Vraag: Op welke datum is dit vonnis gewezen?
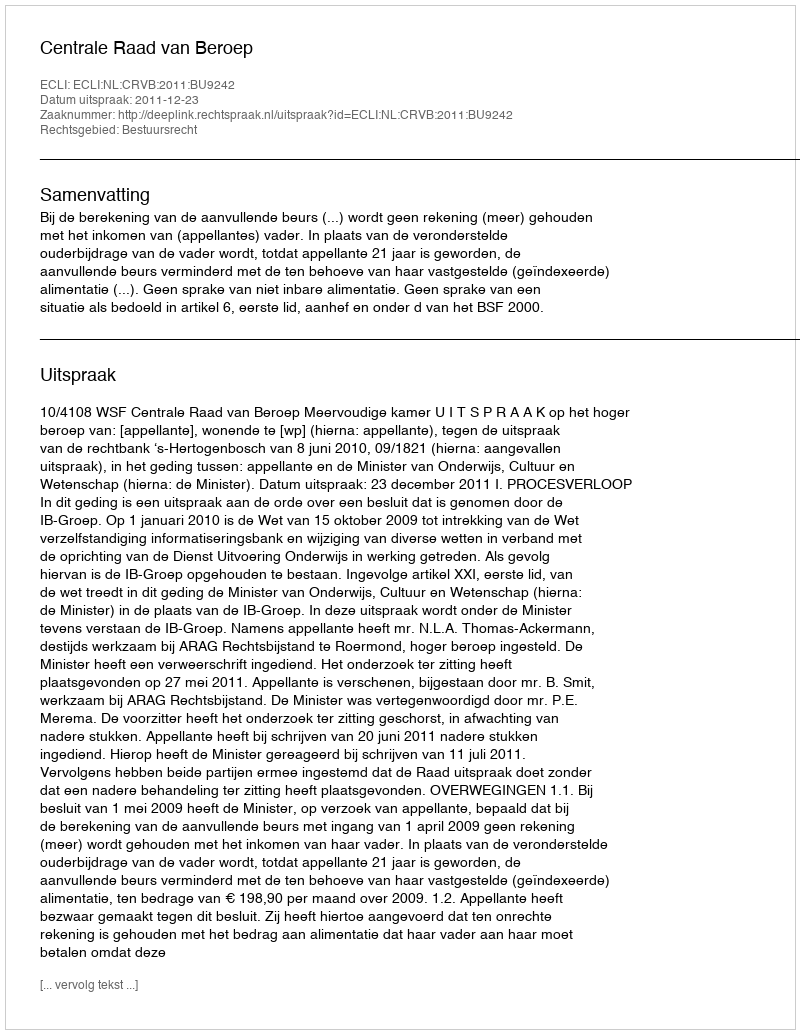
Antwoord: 2011-12-23